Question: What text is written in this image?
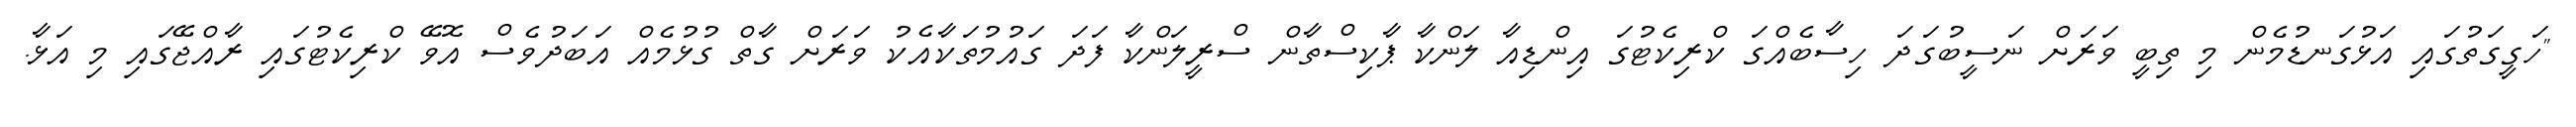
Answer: "ހަގީގަތުގައި އަޅުގަނޑުމެން މި ތިބީ ވަރަށް ނަސީބުގަދަ ހިސާބެއްގަ ކްރިކެޓުގަ އިންޑިއާ ލަންކާ ޕާކިސްތާން ސްރީލަންކާ ފަދަ ގައުމުތަކާއެކު ވަރަށް ގާތް ގުޅުމެއް އަބަދުވެސް އޮވޭ ކްރިކެޓުގައި ރާއްޖޭގައި މި އަޅާ.